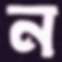
ন